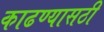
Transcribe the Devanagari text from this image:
काढण्यासठी